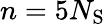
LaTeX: n=5N_{\mathrm{S}}